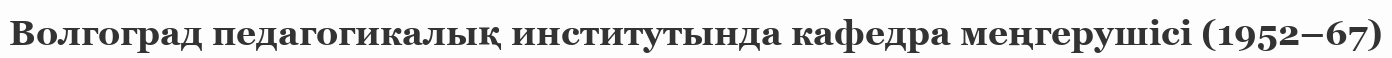
Волгоград педагогикалық институтында кафедра меңгерушісі (1952–67)